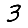
Digit: 3